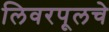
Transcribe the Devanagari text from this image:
लिवरपूलचे